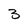
Character: 3